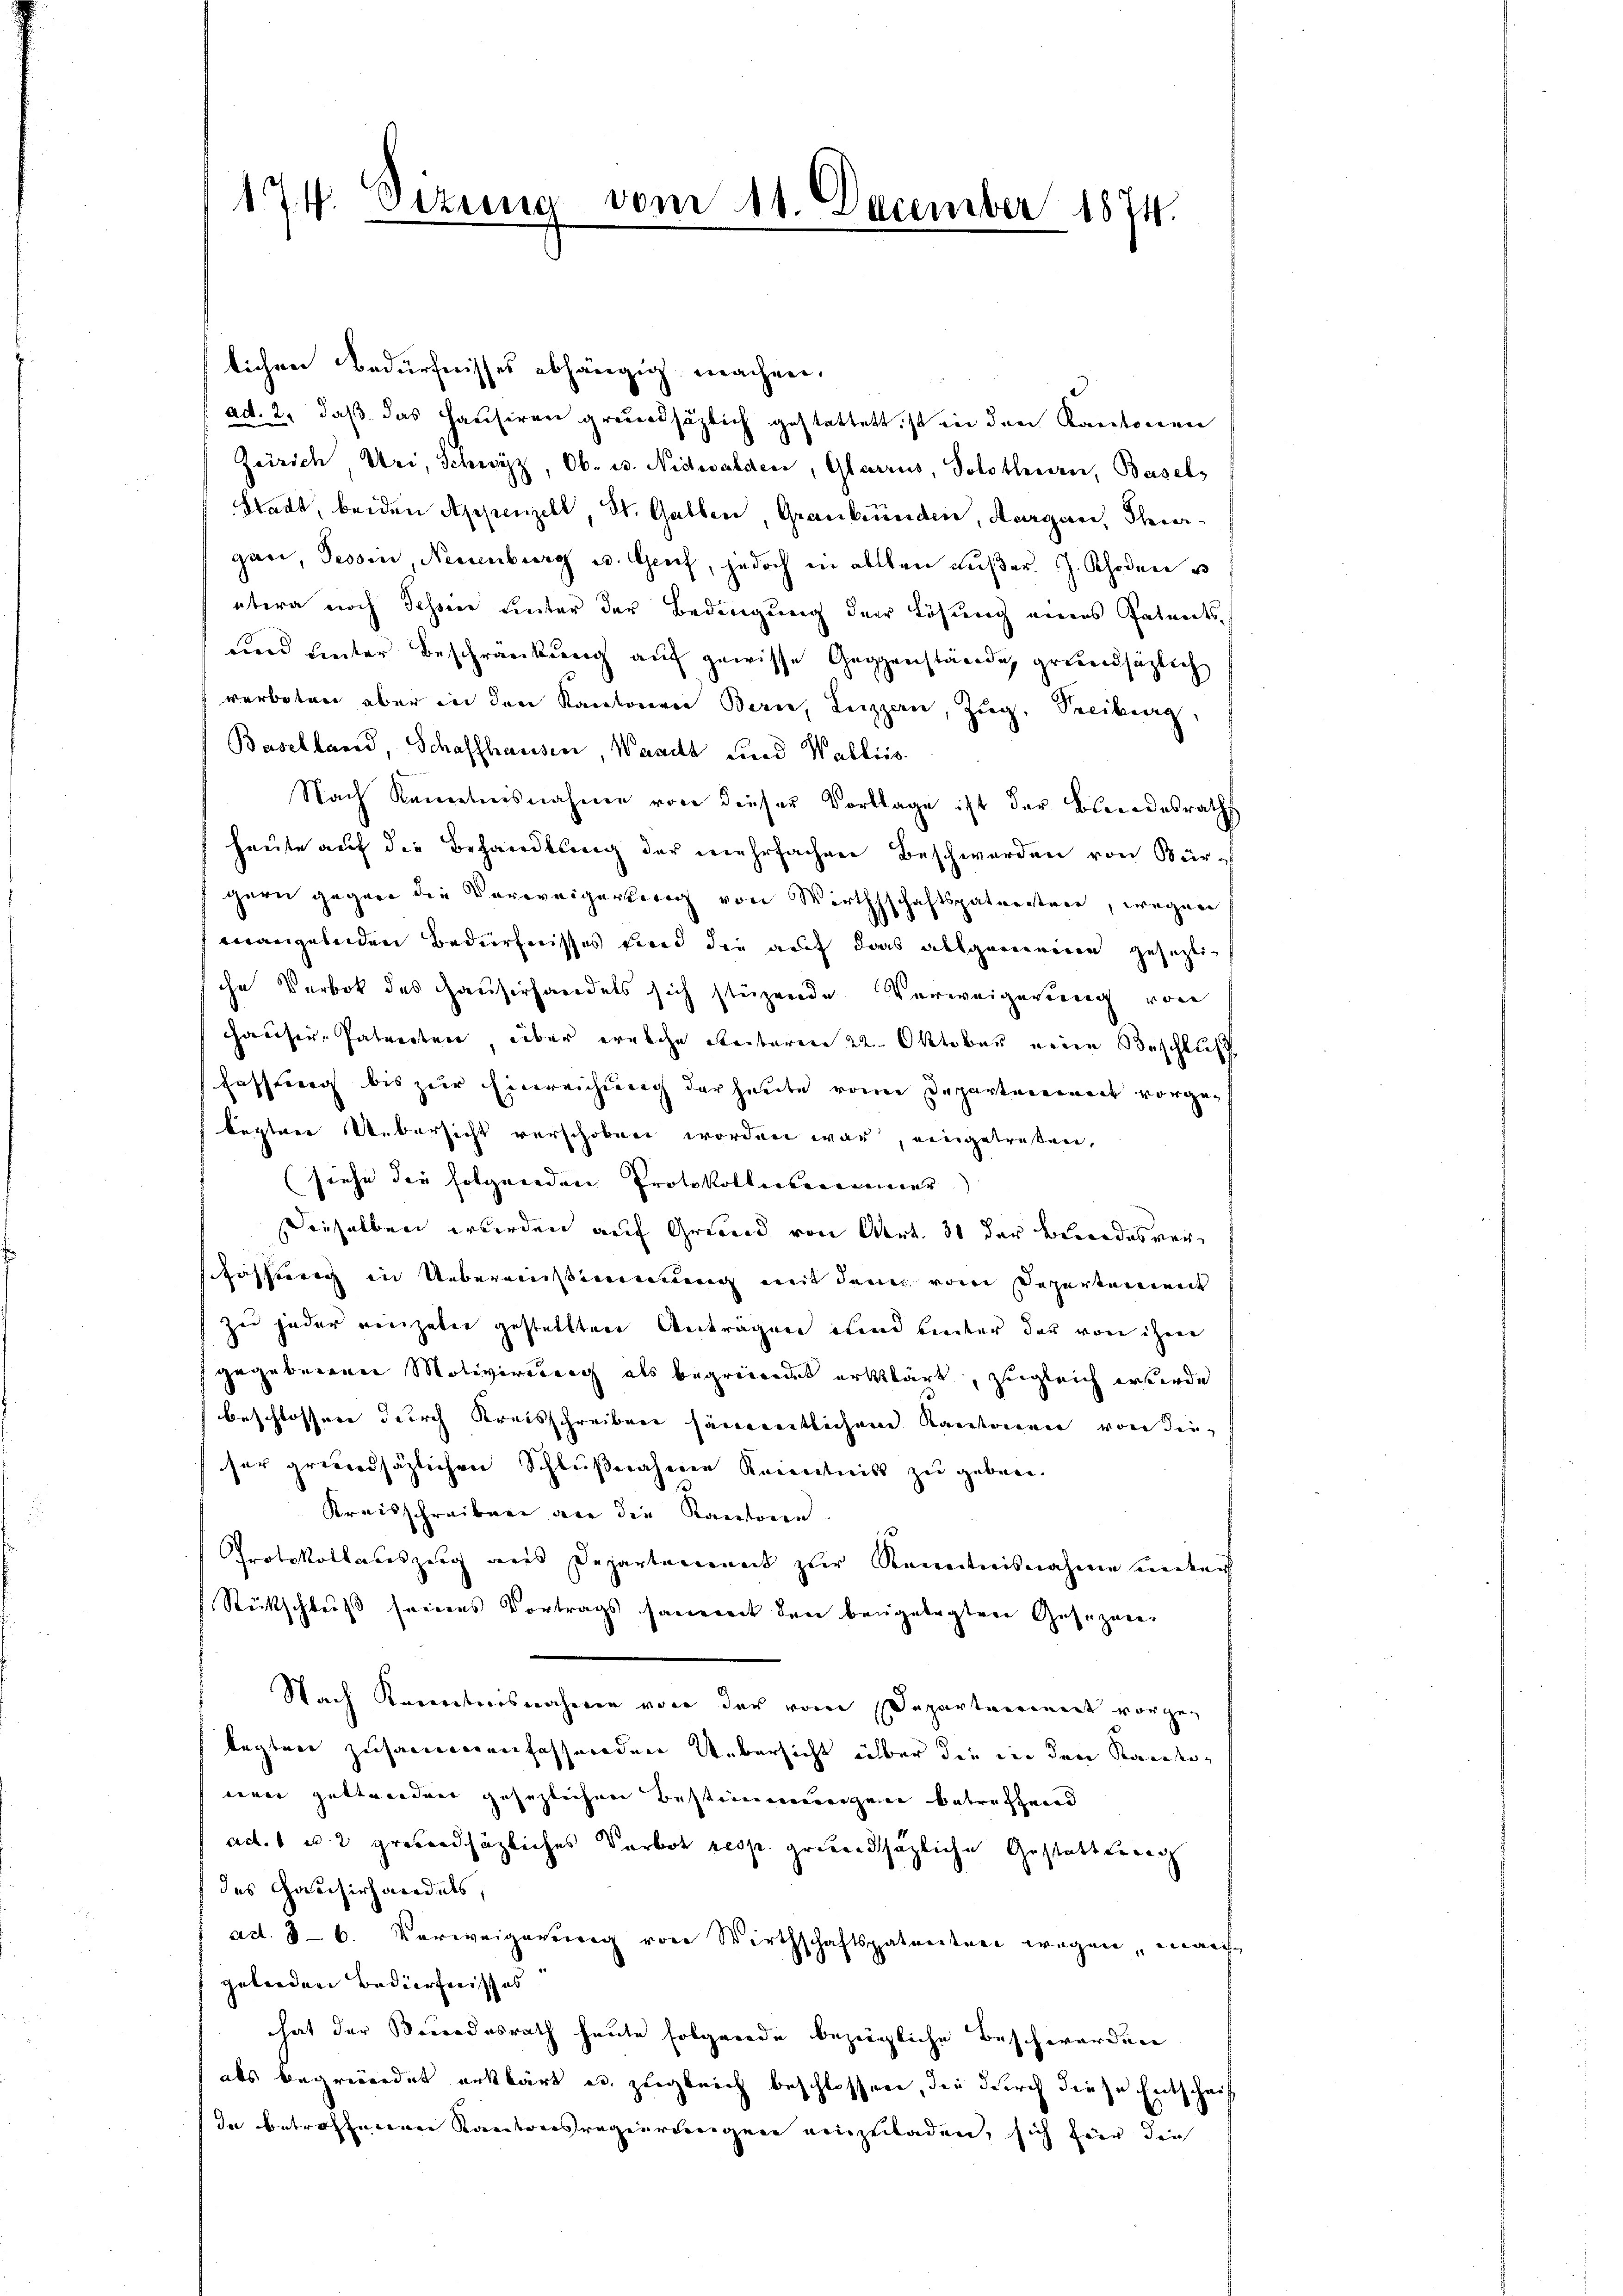
174. Sizung

vom 11. December 1874.

lichen Bedürfnisses abhängig machen,
ad. 2. daβ das Haŭsiren grundsätzlich gestattet, ist in den Kantonen
Zürich Uri, Schwyz, Ob- u. Nidwalden, Glarus, Solothurn, Basel¬
Stadt, beiden Appenzell, St. Gallen, Graubünden, Aargau, Thiergan, Tessin, Neuenburg u. Genf, jedoch in allen außer J. Rhoden u
etwa noch Schöne Leiter der Bedingung der Lösung eines Patents¬
und unter Beschränkung auf gewisse Gegenstände, grundsätzlich
verboten aber in den Kantonen Bern, Luzern, Zŭg. Seitrag,
Baselland, Schaffhauser, Waadt und Walliis
Nach Kenntnisnahme von dieser Vorlage ist der Blindesraths
heŭte aŭf die Behandlung der mehrfachen Beschwerden von Bürgern gegen die Verweigerweg von Wirthschaftspaterstere, wegen
vangelnden Bedürfnisses und die auf das allgemeine gesezti-
che Verbot des Hauserhandels sich stüzende Verweigerung von
hhauser-Patenten, über welche Reiteren 22. Oktober eine Beschluß
Fassung bis zur Einreichung der heute vom Departenweit vorgekeptier Uebersicht verschoben worden war, eingetreten,
(siehe die folgenden Protokolliserinner
Dieselben wurden auf Grund von Art. 31 der bewordesverschaffung in Uebereinstimmung mit dem vom Departement
Zu jeder recipater gestellten Anträgen und bieter der von ihren
gegebenen Motiversteig als begreiendet erklärt, zugleich werde
beschlossen durch Kreisschreiben sämmtlichen Kantonen von dieser grundsätzlichen Schlußnahmen Kenntnis zu geben.
Kreisschreiben an die Kantonen
Protokollauszug aus Departement zur Kenntnisnahme unter
Rückschluß seinens Vortrags sammt den beigelegten Gesezen
Nach Kenntnisnahmen von der vom Departeniret vorgelegten zusammenfasserden Uebersicht über die in den Kandiderer gestreiden gesezlichen Bestimmungene betrechend
ad. 1 u. 2 groberschäzliches Verbot resp. grundthazliche Gestattterg
des Hausirhandels,
ad. 36. Vorweigerereng von Wirthschaftspatendenen wegen, manch
geleiden Bedürfnisses
hat der Beendesrath heute folgende bezügliche Beschwerden
als begründet erklärt es zugleich beschlossen, die durch diese Entschrif
In betroffenen Kantonsregierungen einzuladen, sich für die